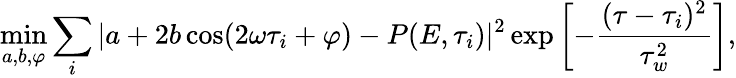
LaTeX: \operatorname*{min}_{a,b,\varphi}\sum_{i}|a+2b\cos(2\omega\tau_{i}+\varphi)-P(E,\tau_{i})|^{2}\exp{\left[-\frac{(\tau-\tau_{i})^{2}}{\tau_{w}^{2}}\right]},